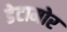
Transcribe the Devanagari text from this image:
डेटामोर